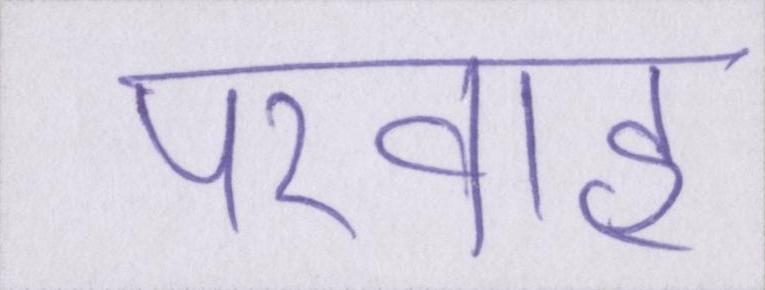
परवाह